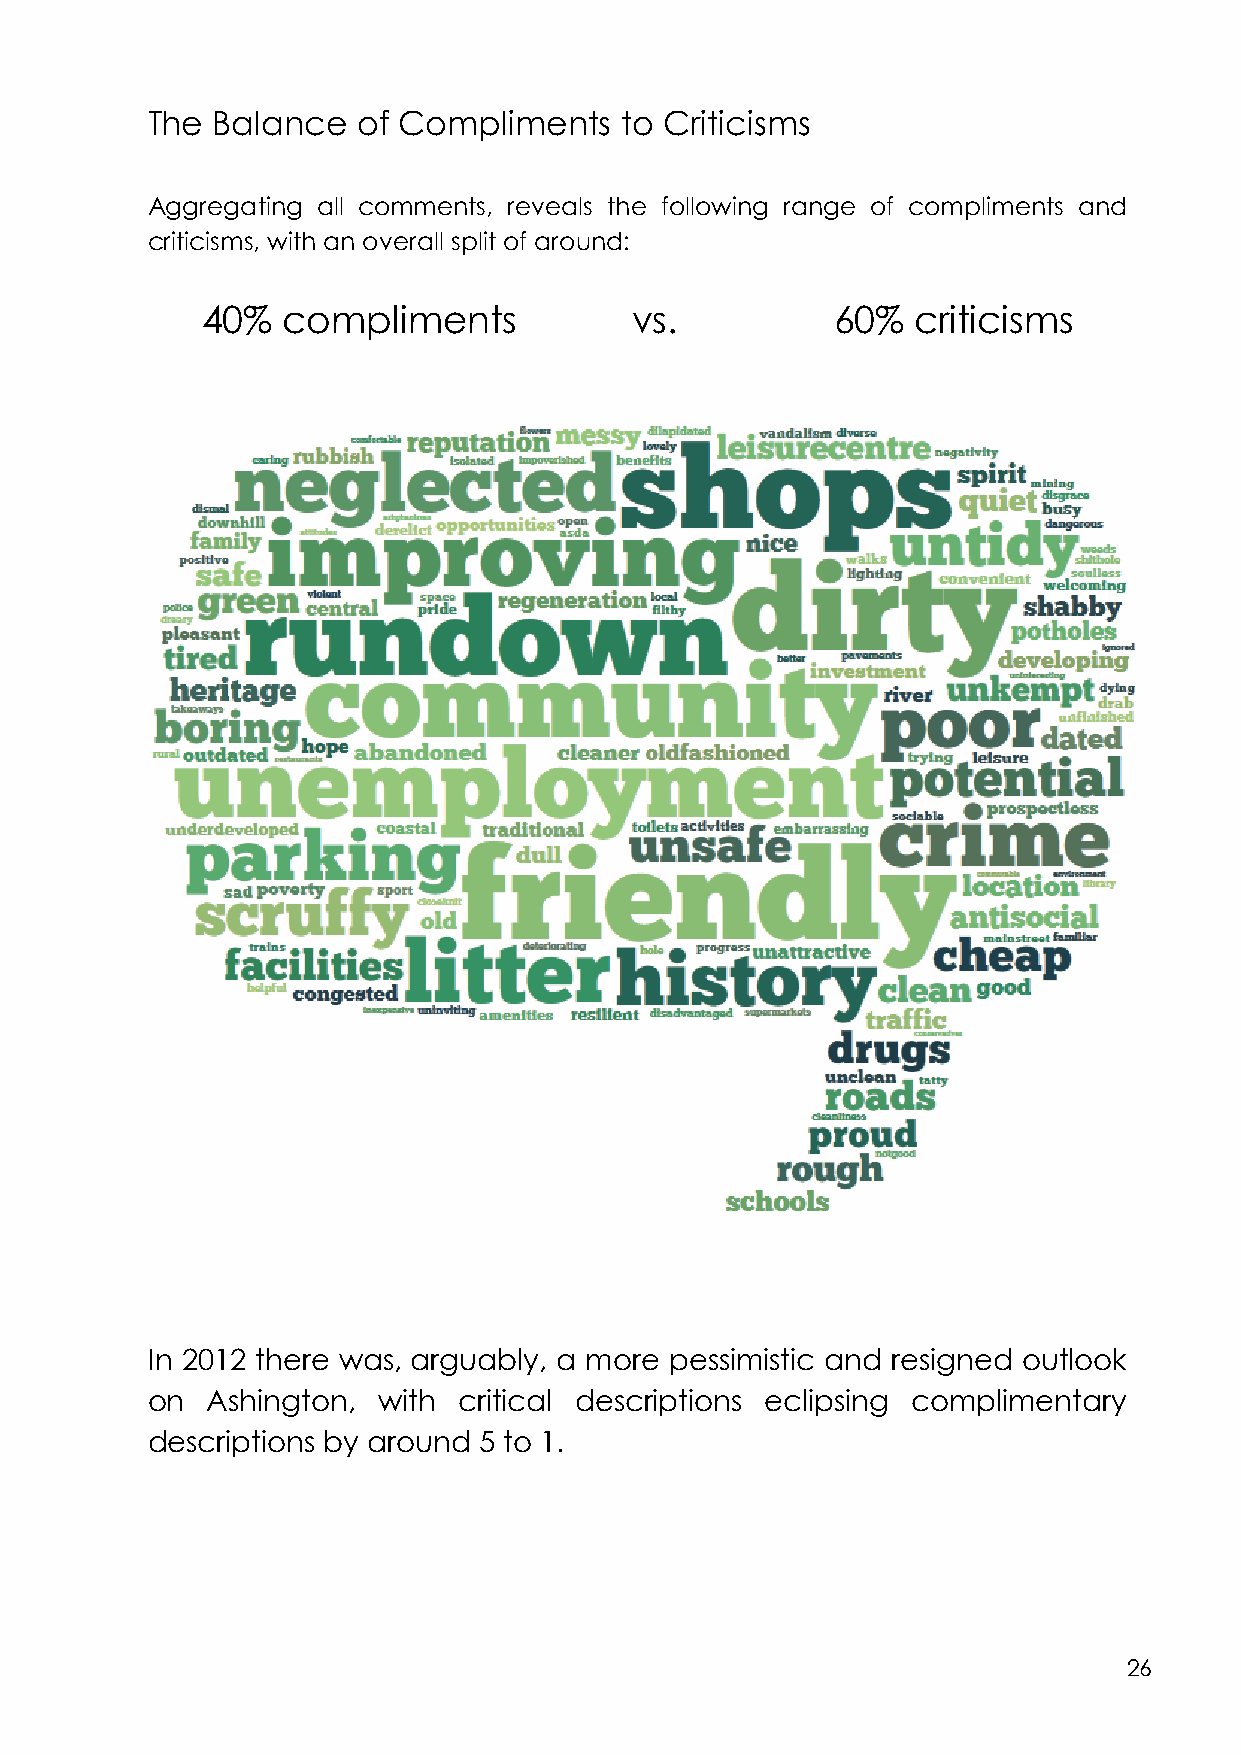
The Balance   of Compliments   to Criticisms
 Aggregating all comments, reveals the following range of compliments and
 criticisms, with an overall split of around:
 40%   compliments            vs.          60%   criticisms
 In 2012 there was, arguably, a more pessimistic and resigned outlook
 on  Ashington, with critical descriptions eclipsing complimentary
 descriptions by around 5 to 1.
 26